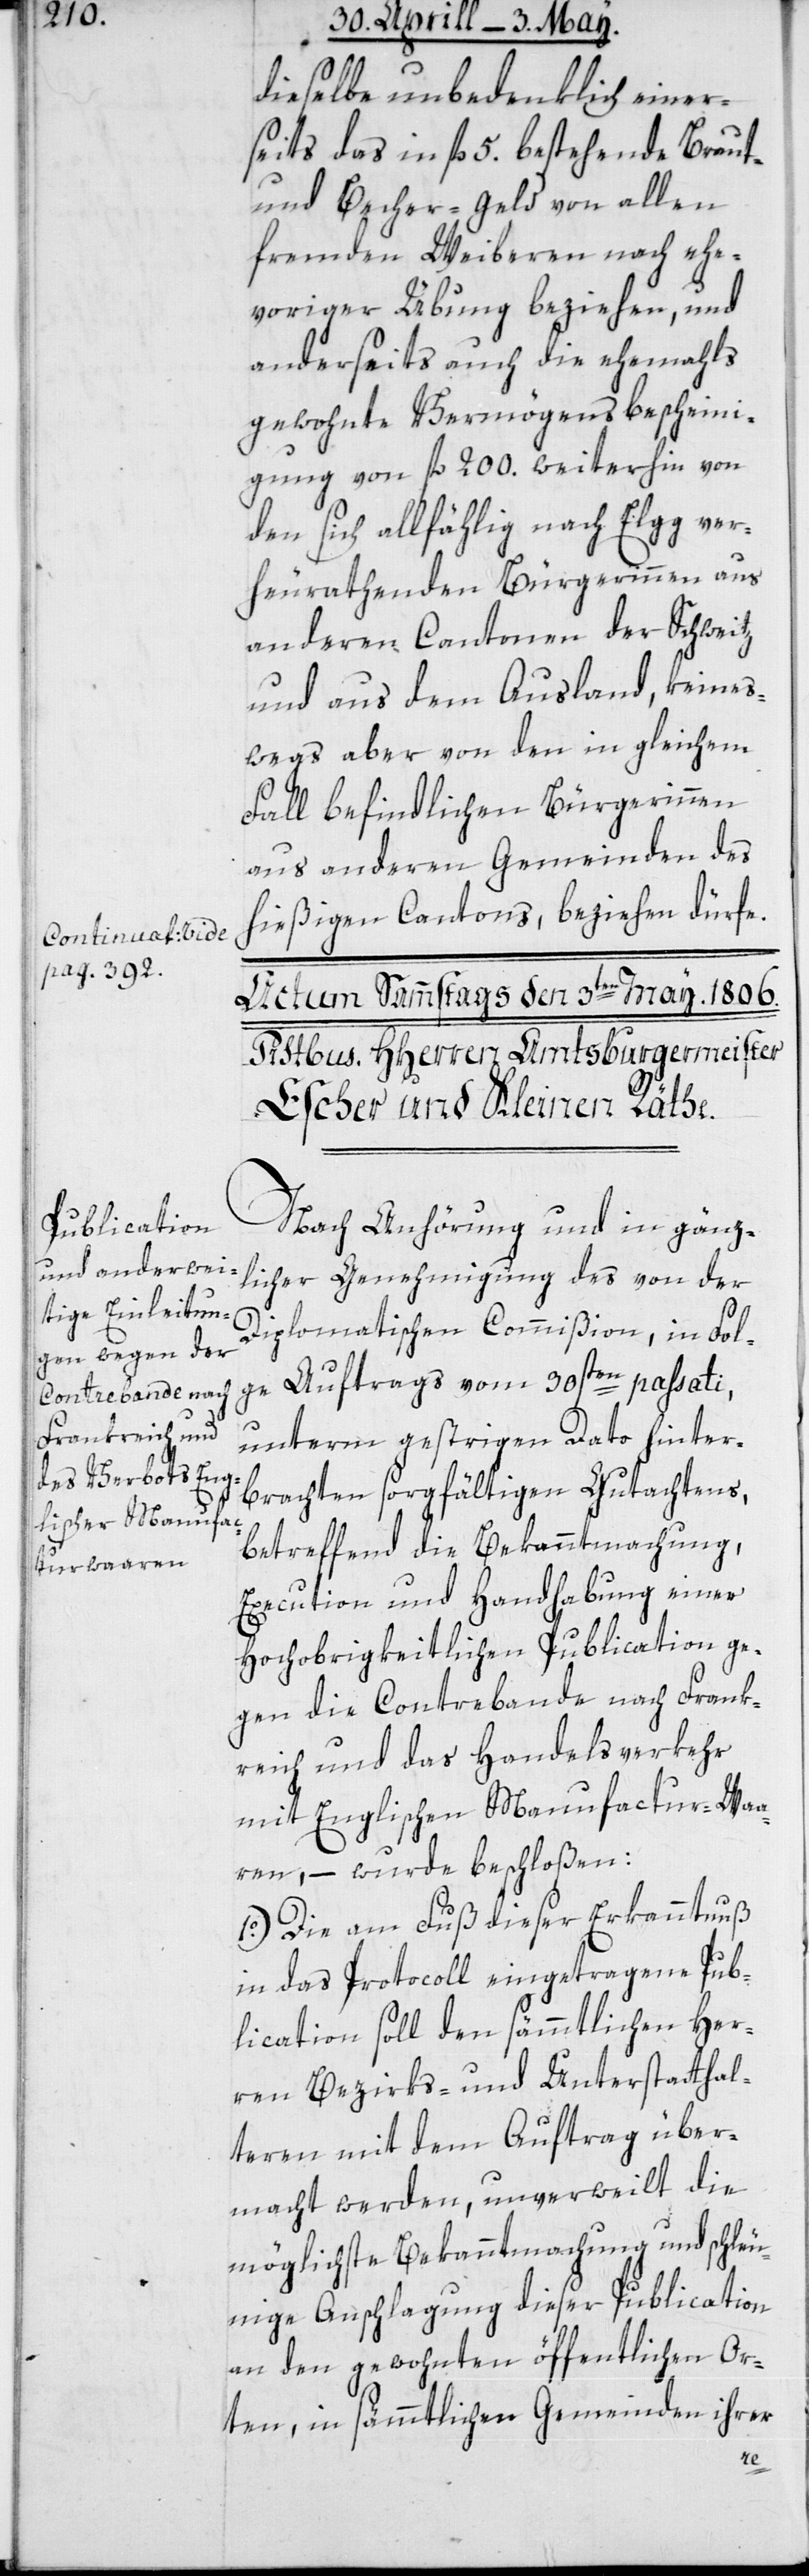
a-Continuat: vide
pag. 392-a

dieselbe unbedenklich einer¬
seits das in fl. 5 bestehende Braut-
und Becher-Geld von allen
fremden Weiberen nach ehe¬
voriger Übung beziehen, und
anderseits auch die ehemals
gewohnte Vermögens-Bescheini¬
gung von fl. 200. weiterhin von
den sich allfählig nach Elgg ver¬
heurathenden Bürgerinnen aus
anderen Cantonen der Schweiz
und aus dem Ausland, keines¬
wegs aber von den in gleichem
Fall befindlichen Bürgerinnen
aus andern Gemeinden des
hießigen Cantons, beziehen dürfe.
Nach Anhörung und in gänz¬
licher Genehmigung des von der
Diplomatischen Commißion in Fol¬
ge Auftrags vom 30sten passati,
unterm gestrigen Dato hinter¬
brachten sorgfältigen Gutachtens,
betreffend die Bekanntmachung,
Execution und Handhabung einer
Hochobrigkeitlichen Publication ge¬
gen die Contrebande nach Frank¬
reich und das Handelsverkehr
mit Englischen Manufactur-Waa¬
ren, – wurde beschloßen:
1o.) Die am Fuß dieser Erkanntnuß
in das Protocoll eingetragene Pub¬
lication soll den sämmtlichen Her¬
ren Bezirks- und Unterstatthal¬
teren mit dem Auftrag über¬
macht werden, unverweilt die
möglichste Bekanntmachung und schleu¬
nige Anschlagung dieser Publication
an den gewohnten öffentlichen Or¬
ten, in sämmtlichen Gemeinden ihrer